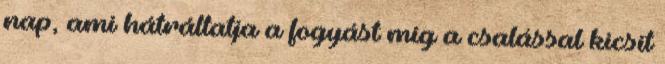
nap, ami hátráltatja a fogyást míg a csalással kicsit